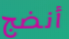
أنضج